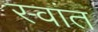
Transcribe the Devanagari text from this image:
स्वांत